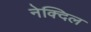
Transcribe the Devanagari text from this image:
नेक्दिल